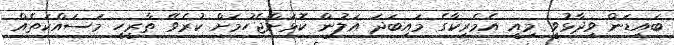
ބައިޑަން ވިދާޅުވީ މިއީ އެމެރިކާގެ މައިބަދަ އަލުން ކޮޅަށްޖެހުމަށް ކުރެވޭ ތާރީހީ މަސައްކަތެއް